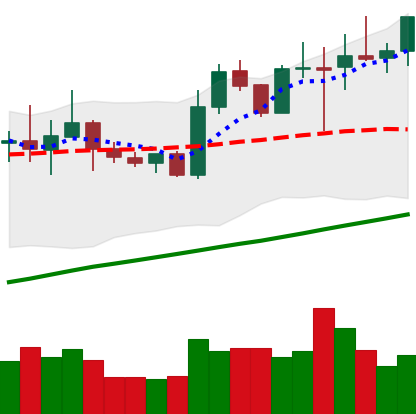
Ticker: NEO-USD
Chart end date: 2020-07-31
Forward return: 6.103%
Label: up_5_7